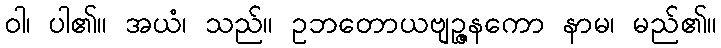
ဝါ၊ ပါ၏။ အယံ၊ သည်။ ဥဘတောယဗျဉ္ဇနကော နာမ၊ မည်၏။